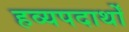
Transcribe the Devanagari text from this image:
हव्यपदार्थों